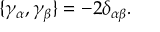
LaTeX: \{ \gamma _ { \alpha } , \gamma _ { \beta } \} = - 2 \delta _ { \alpha \beta } .